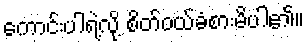
ကောင်းပါရဲ့လို့ စိတ်ဝယ်ခံစားမိပါ၏။